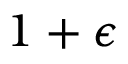
1 + \epsilon